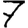
Digit: 7